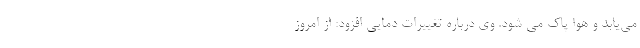
می‌یابد و هوا پاک می شود. وی درباره تغییرات دمایی افزود: از امروز